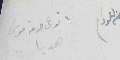
تدعى حرمة موسَى هدبا